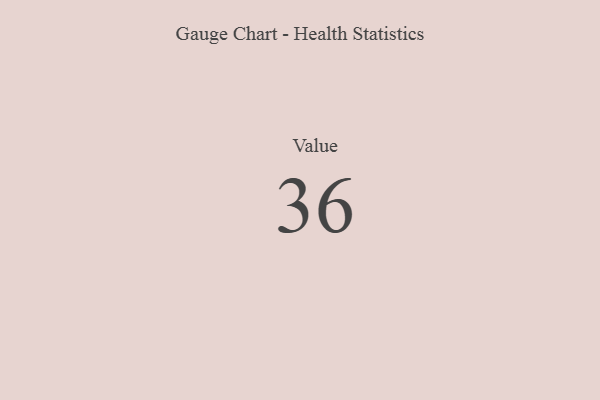
{"axis": {"x": "Metric", "y": "Value"}, "legend": [""], "data": [{"x": "Value", "y": 36, "type": ""}]}